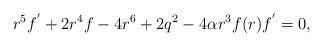
LaTeX: \begin{align*}r^5f^{^{\prime }}+2r^4f-4r^6+2q^2-4\alpha r^3f(r)f^{^{\prime }}=0,\end{align*}